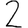
Digit: 2